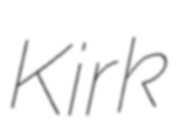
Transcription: Kirk